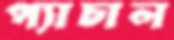
প্যাচাল